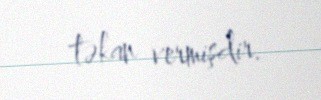
təkan vermişdir.